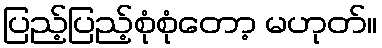
ပြည့်ပြည့်စုံစုံတော့ မဟုတ်။